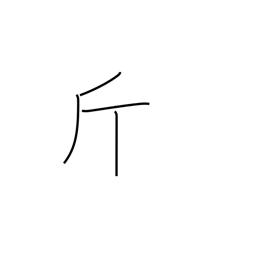
Meaning: catty